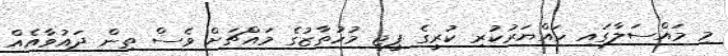
މި މައްސަލާގައި ހައްޔަރުކުރި ކުރީގެ ޕީޖީ މުހުތާޒުގެ މައްޗަށް ވެސް ތިން ދައުވާއެއް